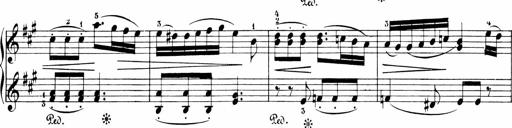
Title: Sonatinen Op.47, 98 und 136, nebst 6 Liedersonatinen
Composer: Carl Reinecke